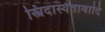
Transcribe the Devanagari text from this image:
स्त्रिदास्यतावादि